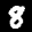
Label: 8